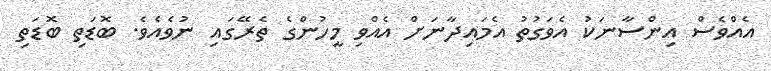
އެއްވެސް އިންސާނަކު އެވަގުތު އެމައިދާނަށް އެއްވި މީހުންގެ ތެރޭގައި ނުވެއެވެ. ބޮޑަތި ބޮޑަތި